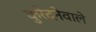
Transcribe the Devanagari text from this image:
कुरेदनेवाले